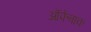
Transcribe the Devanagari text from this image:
ऑफेंबाक